Medical and sanitary report of the native army of Madras for the year
Year: 1878
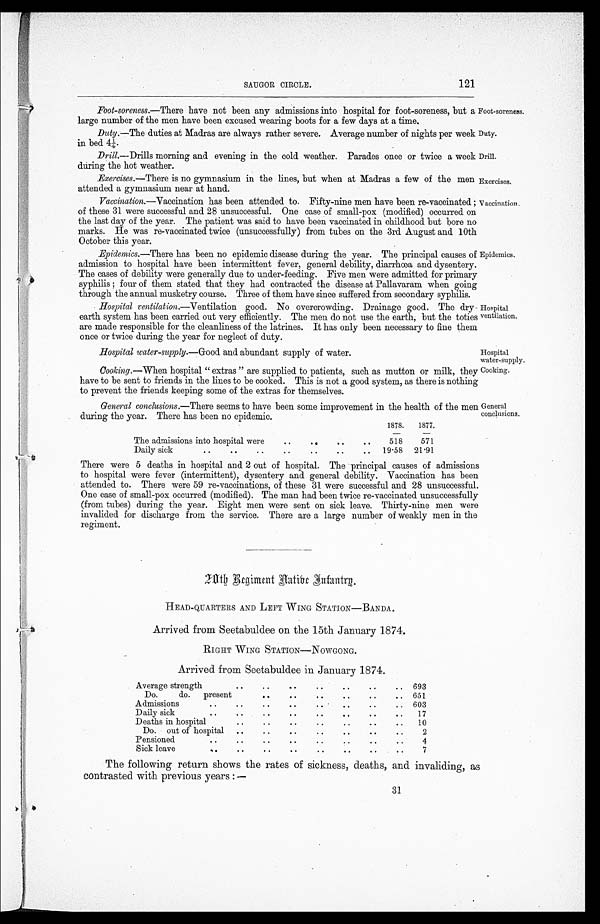
SAUGOR CIRCLE.
121
Foot-soreness.
Duty.
Drill.
Exercises.
Hospital water-supply. —Good and abundant supply of water.
Hospital
water-supply.
•
Foot-soreness.— There have not been any admissions into hospital for foot-soreness, but a
large number of the men have been excused wearing boots for a few days at a time.
Duty.—The duties at Madras are always rather severe. Average number of nights per week
in bed 41.
Drill.
—
Drills morning and evening in the cold weather. Parades once or twice a week
during the hot weather.
Exercises.
—
There is no gymnasium in the lines, but when at Madras a few of the men
attended a gymnasium near at hand.
Vaccination.—Vaccination has been attended to. Fifty-nine men have been re-vaccinated
of these 31 were successful and 28 unsuccessful. One case of small-pox (modified) occurred on
the last day of the year. The patient was said to have been vaccinated in childhood but bore no
marks. He was re-vaccinated twice (unsuccessfully) from tubes on the 3rd. August and 10th
October this year.
Vaccination.
Epidemics.—There has been no epidemic disease during the year. The principal causes of
admission to hospital have been intermittent fever, general debility, diarrhœa and dysentery.
The cases of debility were generally due to under-feeding. Five men were admitted for primary
s y p h i l i s ; f o u r o f t h e m s t a t e d t h a t t h e y h a d c o n t r a c t e d t h e d i s e a s e a t P a l l a v a r a m w h e n g o i n g t h r o u g h t h e a n n u a l m u s k e t r y c o u r s e . T h r e e o f t h e m h a v e s i n c e s u f f e r e d f r o m s e c o n d a r y s y p h i l i s .
Epidemics.
• Hospital ventilation.—Ventilation good.. No overcrowding. Drainage good. The dry-
earth system has been carried. out very efficiently. The men do not use the earth, but the toties
are made responsible for the cleanliness of the latrines. It has only been necessary to fine them
once or twice during the year for neglect of duty.
Hospital
ventilation,
Cooking.
Cooking .— When hospital " extras " are supplied to patients, such as mutton or milk, they
have to be sent to friends in the lines to be cooked. This is not a good system, as there is nothing
to prevent the friends keeping some of the extras for themselves.
General conclusions.—There seems to have been some improvement in the health of the men
during the year. There has been no epidemic.
1878.
1877.
The admissions into hospital were
. .
. .
. .
. .
518
571
Daily sick
. .
..
..
..
..
. .
..
19.58 21.91
General
conclusions.
There were 5 deaths in hospital and 2 out of hospital. The principal causes of admissions
to hospital were fever (intermittent), dysentery and general debility. Vaccination has been
attended to. There were 59 re-vaccinations, of these 31 were successful and 28 unsuccessful.
One case of small-pox occurred (modified). The man had been twice re-vaccinated unsuccessfully
(from tubes) during the year. Eight men were sent on sick leave. Thirty-nine men were
invalided for discharge from the service. There are a large number of weakly men in the
regiment.
2 0 t h R e g i m e n t N a t i v e I n f a n t r y .
HEAD-QUARTERS AND LEFT WING STATION—BANDA,
Arrived from Seetabuldee on the 15th January 1874,
RIGHT WING STATION—NOWGONG.
Arrived from Seetabuldee in January 1874.
Average strength
. .
..
. .
. . . .
. .
. .
693
Do.
do.
present
. .
. .
. . . .
. .
. .
651
Admissions
..
. .
. .
. .
. . . .
. .
. .
603
Daily sick
..
..
. .
. .
. . . .
. .
. .
17
Deaths in hospital
..
. .
. .
. . . .
. .
. .
10
Do. out of hospital
..
..
. .
. . . .
. .
. .
2
Pensioned
..
. .
. .
. .
. . . .
. .
. .
4
Sick leave
..
. .
. .
. .
. . . .
. .
. .
7
The following return shows the rates of sickness, deaths, and invaliding, as
contrasted with previous years :—
31